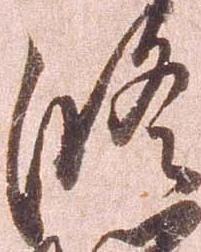
修